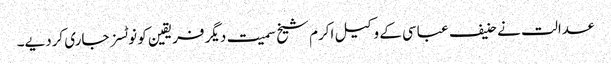
عدالت نے حنیف عباسی کے وکیل اکرم شیخ سمیت دیگر فریقین کو نوٹسز جاری کردیے۔